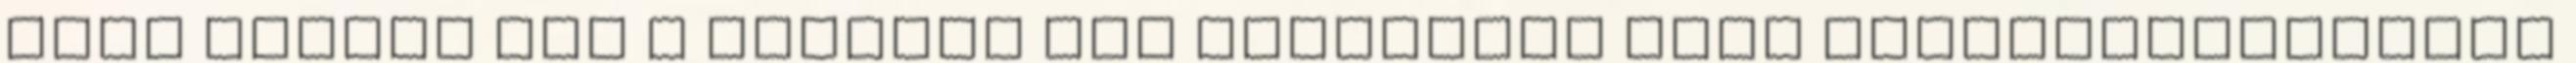
több előnye van a régebbi LCD monitorok CCFL megvilágításához